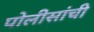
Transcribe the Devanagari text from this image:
पोलीसांची